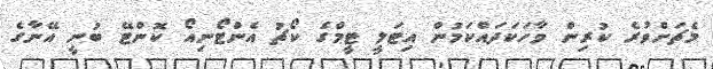
މެޗަށްވުރެ ކުރިން ވާހަކަދައްކަމުން އިޓަލީ ޓީމްގެ ކޯޗު އެންޓޯނިއޯ ކޮންޓޭ ބުނީ އޭނާގެ